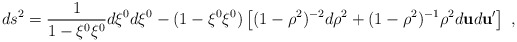
\begin{align*}ds^2=\frac{1}{1-\xi^0\xi^0}d\xi^0d\xi^0 -(1-\xi^0\xi^0)\left[(1-\rho^2)^{-2}d\rho^2 +(1-\rho^2)^{-1}\rho^2d{\bf u}d{\bf u}^{\prime}\right] ~,\end{align*}